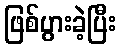
ဖြစ်ပွားခဲ့ပြီး